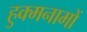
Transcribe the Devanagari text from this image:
हुक्मनामों